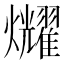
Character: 𤓛